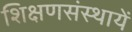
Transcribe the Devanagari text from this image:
शिक्षणसंस्थायें